Insane asylums Bombay 1873-77 - 1873-1877
Year: 1873
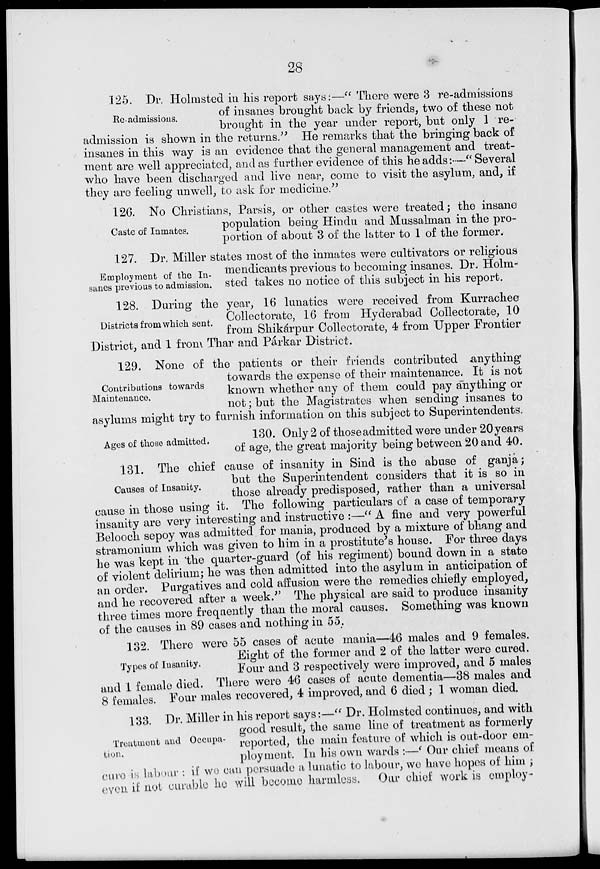
28
Re-admissions.
125. Dr. Holmsted in his report says:—" There were 3 re-admissions
of insanes brought back by friends, two of these not
brought in the year under report, but only 1 re-
admission is shown in the returns." He remarks that the bringing back of
insanes in this way is an evidence that the general management and treat-
ment are well appreciated, and as further evidence of this he adds:—" Several
who have been discharged and live near, come to visit the asylum, and, if
they are feeling unwell, to ask for medicine."
Caste of Inmates.
126. No Christians, Parsis, or other castes were treated; the insane
population being Hindu and Mussalman in the pro-
portion of about 3 of the latter to 1 of the former.
Employment of the In-
sanes previous to admission.
127. Dr. Miller states most of the inmates were cultivators or religious
mendicants previous to becoming insanes. Dr. Holm-
sted takes no notice of this subject in his report.
Districts from which sent.
128. During the year, 16 lunatics were received from Kurrachee
Collectorate, 16 from Hyderabad Collectorate, 10
from Shikárpur Collectorate, 4 from Upper Frontier
District, and 1 from Thar and Párkar District.
Contributions towards
Maintenance.
129. None of the patients or their friends contributed anything
towards the expense of their maintenance. It is not
known whether any of them could pay anything or
not; but the Magistrates when sending insanes to
asylums might try to furnish information on this subject to Superintendents.
Ages of those admitted.
130. Only 2 of thoseadmitted were under 20years
of age, the great majority being between 20 and 40.
Causes of Insanity.
131. The chief cause of insanity in Sind is the abuse of ganja;
but the Superintendent considers that it is so in
those already predisposed, rather than a universal
cause in those using it. The following particulars of a case of temporary
insanity are very interesting and instructive :—" A fine and very powerful
Belooch sepoy was admitted for mania, produced by a mixture of bhang and
stramonium which was given to him in a prostitute's house. For three days
he was kept in 'the quarter-guard (of his regiment) bound down in a state
of violent delirium; he was then admitted into the asylum in anticipation of
an order. Purgatives and cold affusion were the remedies chiefly employed,
and he recovered after a week." The physical are said to produce insanity
three times more frequently than the moral causes. Something was known
of the causes in 89 cases and nothing in 55.
Types of Insanity.
132. There were 55 cases of acute mania—46 males and 9 females.
Eight of the former and 2 of the latter were cured.
Four and 3 respectively were improved, and 5 males
and 1 female died. There were 46 cases of acute dementia—38 males and
8 females. Four males recovered, 4 improved, and 6 died ; 1 woman died.
Treatment and Occupa-
tion.
133. Dr. Miller in his report says:—" Dr. Holmsted continues, and with
good result, the same line of treatment as formerly
reported, the main feature of which is out-door em-
ployment. In his own wards :—' Our chief means of
cure is labour : if we can persuade a lunatic to labour, we have hopes of him ;
even if not curable he will become harmless.
Our chief work is employ-